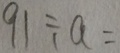
9 1 \div a =